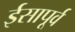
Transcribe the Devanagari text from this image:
र्इसापूर्व